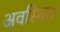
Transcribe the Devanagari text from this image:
अवस्‍थित